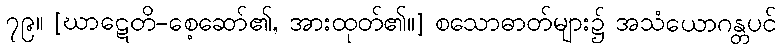
၇၉။ [ဃာဋေတိ-စေ့ဆော်၏, အားထုတ်၏။] စသောဓာတ်များ၌ အသံယောဂန္တပင်